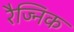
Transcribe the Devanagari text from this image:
रैज्निक